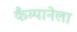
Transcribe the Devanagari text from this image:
कैम्पानेला